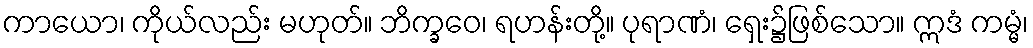
ကာယော၊ ကိုယ်လည်း မဟုတ်။ ဘိက္ခဝေ၊ ရဟန်းတို့။ ပုရာဏံ၊ ရှေး၌ဖြစ်သော။ ဣဒံ ကမ္မံ၊